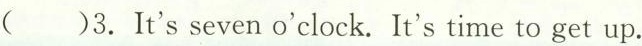
()3.It's seven o'clock. It's time to get up.